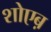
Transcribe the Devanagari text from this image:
शोएब़